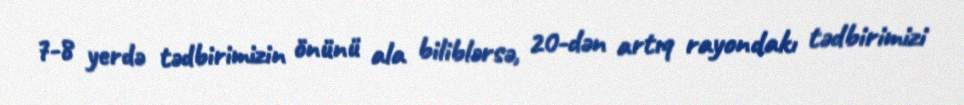
7-8 yerdə tədbirimizin önünü ala biliblərsə, 20-dən artıq rayondakı tədbirimizi